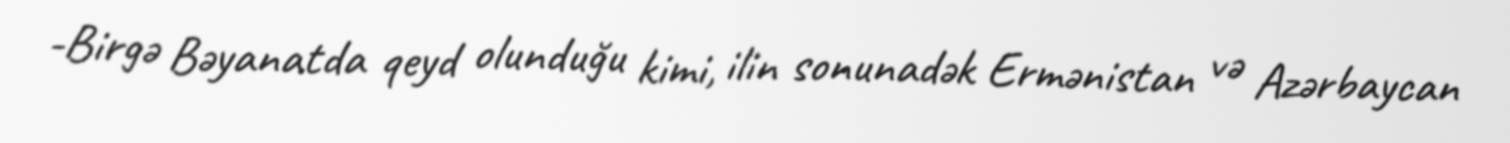
-Birgə Bəyanatda qeyd olunduğu kimi, ilin sonunadək Ermənistan və Azərbaycan